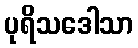
ပုရိသဒေါသာ